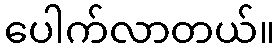
ပေါက်လာတယ်။